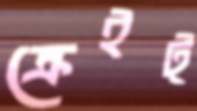
ক্রেইট্